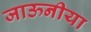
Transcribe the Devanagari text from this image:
जाऊनीया